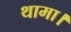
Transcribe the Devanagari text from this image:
थामा।